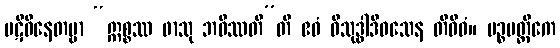
ပဋိဝိနေတဗ္ဗာ “ဣစ္စဿ ဖာသု ဘဝိဿတီ”တိ ဧဝံ ဝိသုဒ္ဓါဒိဝသေန တိဝိဓံ။ ပဉ္စမတ္တိကေ